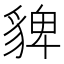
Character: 貏